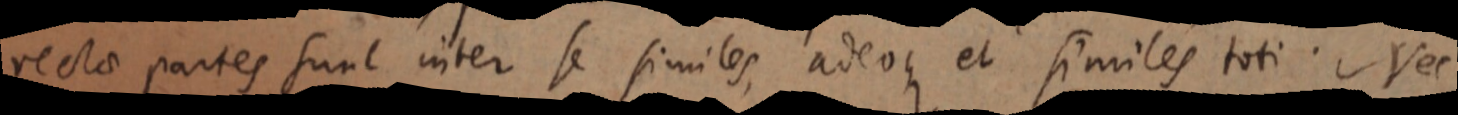
rectae partes sunt inter se similes, adeoque et similes toti. Nec